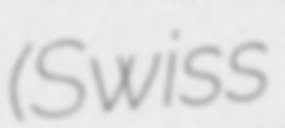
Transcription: (Swiss